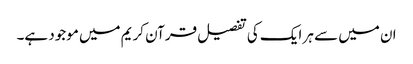
ان میں سے ہر ایک کی تفصیل قرآن کریم میں موجود ہے۔